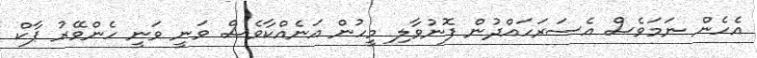
އެހެން ނަމަވެސް އެސަރަހައްދުން ފޮނުވާލި މީހުން އަނެއްކާވެސް ވަނީ ވަނީ ހެންވޭރު ޕާކް